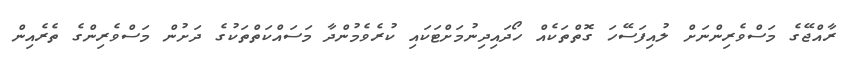
ރާއްޖޭގެ މަސްވެރިންނަށް ލުއިފަސޭހަ ގޮތްތަކެއް ހޯދައިދިނުމަށްޓަކައި ކުރެވެމުންދާ މަސައްކަތްތަކުގެ ދަށުން މަސްވެރިންގެ ތެރެއިން